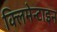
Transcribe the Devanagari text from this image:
क्लिमेन्टाइन